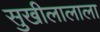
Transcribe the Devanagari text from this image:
सुखीलालाला